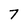
Character: 7